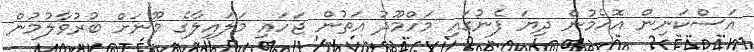
އަސްކަނިން އޮހެމުން ދިޔަ ފެނުގައި މަހްމޫދު އަތުން ޖަހައި މަލައިލާގެ މޫނަށް ބުރުވާލުމުން